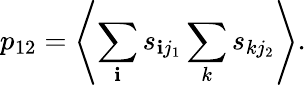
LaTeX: p_{12}=\left<\sum_{\mathbf{i}}s_{\mathbf{i}j_{1}}\sum_{k}s_{kj_{2}}\right>.